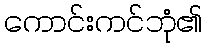
ကောင်းကင်ဘုံ၏